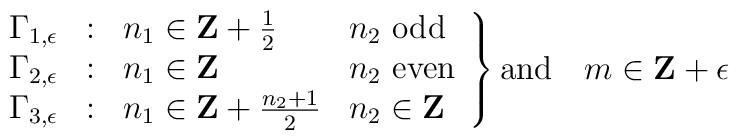
\left.\begin{array}{ccll}\Gamma_{1,\epsilon} & : & n_1\in{\bf Z}+{1\over 2} & n_2\ {\rm odd} \\\Gamma_{2,\epsilon} & : & n_1\in{\bf Z} & n_2\ {\rm even} \\\Gamma_{3,\epsilon} & : & n_1\in{\bf Z}+{n_2+1\over 2} & n_2\in{\bf Z}\end{array}\right\} {\rm and}\quad m\in{\bf Z}+\epsilon